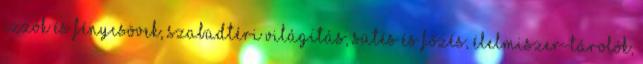
Izzók és fénycsövek, Szabadtéri világítás, Sütés és főzés, Élelmiszer-tárolók,